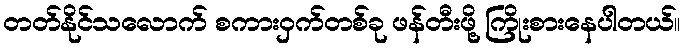
တတ်နိုင်သလောက် စကားဝှက်တစ်ခု ဖန်တီးဖို့ ကြိုးစားနေပါတယ်။